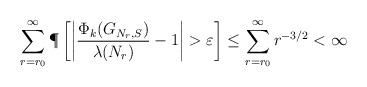
LaTeX: \begin{align*} \sum_{r=r_0}^{\infty} \P\left[\left| \frac{\Phi_k(G_{N_r,S})}{\lambda(N_r)} -1\right|>\varepsilon \right]\leq \sum_{r=r_0}^{\infty} r^{-3/2}<\infty\end{align*}